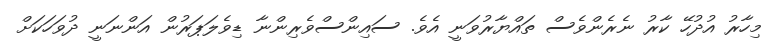
މިހާރު އުދުހޭ ކާރު ނެރެންވެސް ތައްޔާރުވަނީ އެވެ. ސައިންސްވެރިންނާ ޑިވެލަޕަރުން އަންނަނީ ދުވަހަކަށް